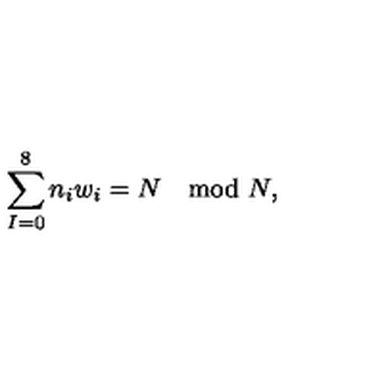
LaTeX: \sum _ { I = 0 } ^ { 8 } n _ { i } w _ { i } = N \quad \mathrm { m o d } \ N ,